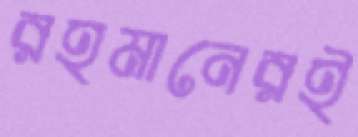
রহমানেরই